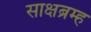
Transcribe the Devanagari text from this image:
साक्षब्रम्ह